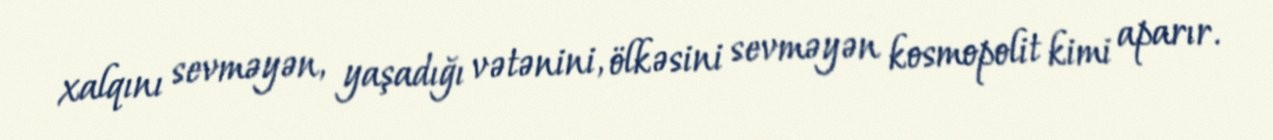
xalqını sevməyən, yaşadığı vətənini, ölkəsini sevməyən kosmopolit kimi aparır.